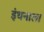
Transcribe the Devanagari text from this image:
इंधनाला